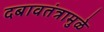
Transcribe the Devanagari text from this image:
दबावतंत्रामुळे